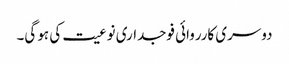
دوسری کارروائی فوجداری نوعیت کی ہو گی۔